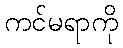
ကင်မရာကို